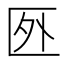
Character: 㔰